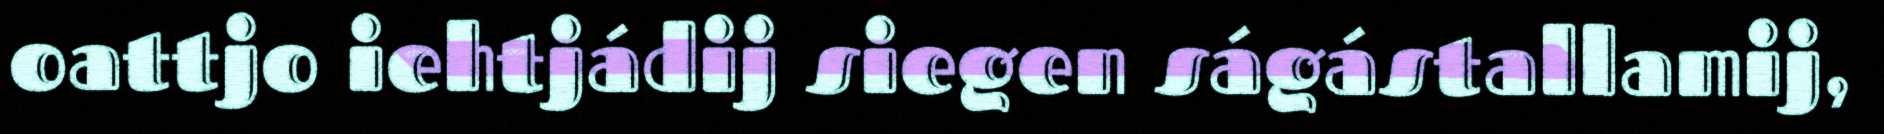
oattjo iehtjádij siegen ságástallamij,